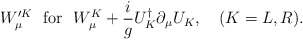
\begin{align*}W_\mu^{\prime K} ~~\mbox{for}~~ W^{K}_\mu +\frac{i}{g}U^\dagger_{K}\partial_\mu U_{K},~~~(K=L,R). \end{align*}